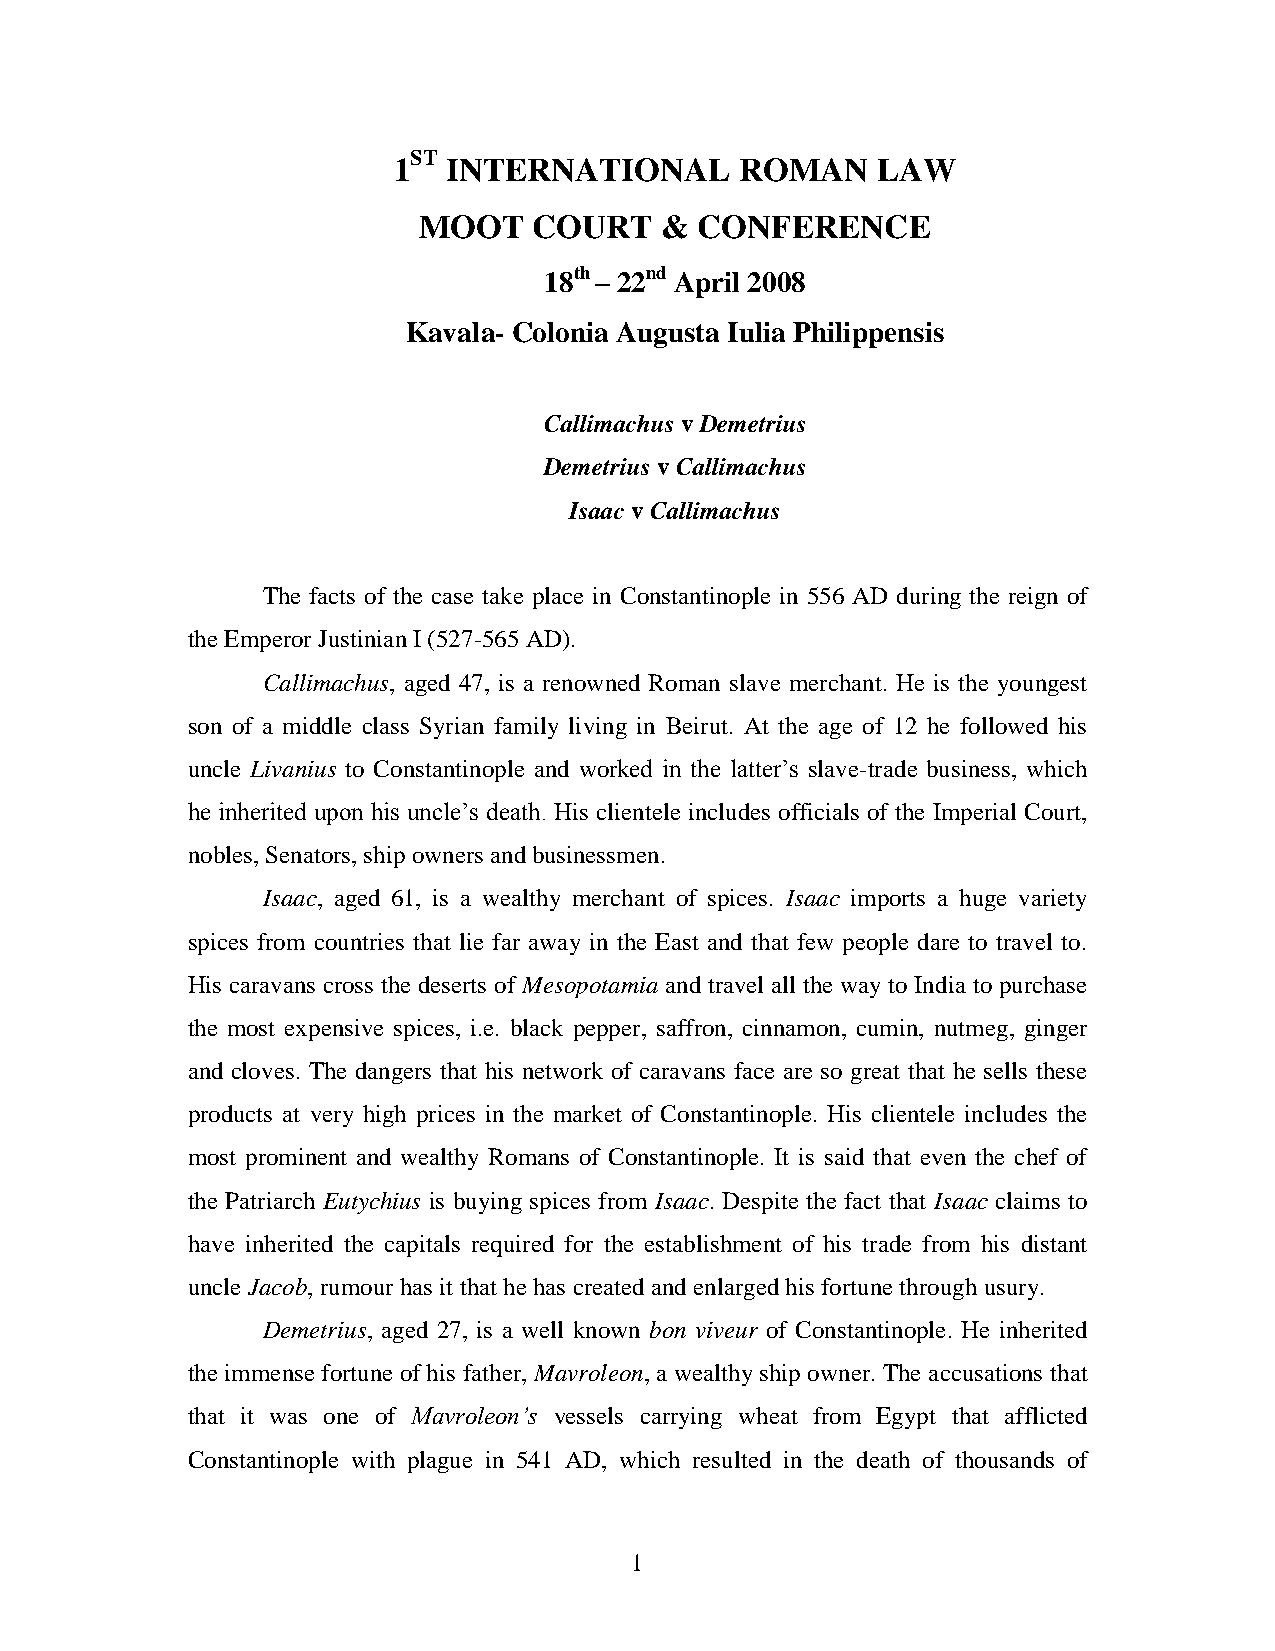
ST
 1   INTERNATIONAL      ROMAN    LAW
 MOOT   COURT    & CONFERENCE
 18th – 22nd April 2008
 Kavala- Colonia Augusta Iulia Philippensis
 Callimachus v Demetrius
 Demetrius v Callimachus
 Isaac v Callimachus
 The facts of the case take place in Constantinople in 556 AD during the reign of
 the Emperor Justinian I (527-565 AD).
 Callimachus, aged 47, is a renowned Roman slave merchant. He is the youngest
 son of a middle class Syrian family living in Beirut. At the age of 12 he followed his
 uncle Livanius to Constantinople and worked in the latter‟s slave-trade business, which
 he inherited upon his uncle‟s death. His clientele includes officials of the Imperial Court,
 nobles, Senators, ship owners and businessmen.
 Isaac, aged 61, is a wealthy merchant of spices. Isaac imports a huge variety
 spices from countries that lie far away in the East and that few people dare to travel to.
 His caravans cross the deserts of Mesopotamia and travel all the way to India to purchase
 the most expensive spices, i.e. black pepper, saffron, cinnamon, cumin, nutmeg, ginger
 and cloves. The dangers that his network of caravans face are so great that he sells these
 products at very high prices in the market of Constantinople. His clientele includes the
 most prominent and wealthy Romans of Constantinople. It is said that even the chef of
 the Patriarch Eutychius is buying spices from Isaac. Despite the fact that Isaac claims to
 have inherited the capitals required for the establishment of his trade from his distant
 uncle Jacob, rumour has it that he has created and enlarged his fortune through usury.
 Demetrius, aged 27, is a well known bon viveur of Constantinople. He inherited
 the immense fortune of his father, Mavroleon, a wealthy ship owner. The accusations that
 that it was one of Mavroleon’s vessels carrying wheat from Egypt that afflicted
 Constantinople with plague in 541 AD, which resulted in the death of thousands of
 1